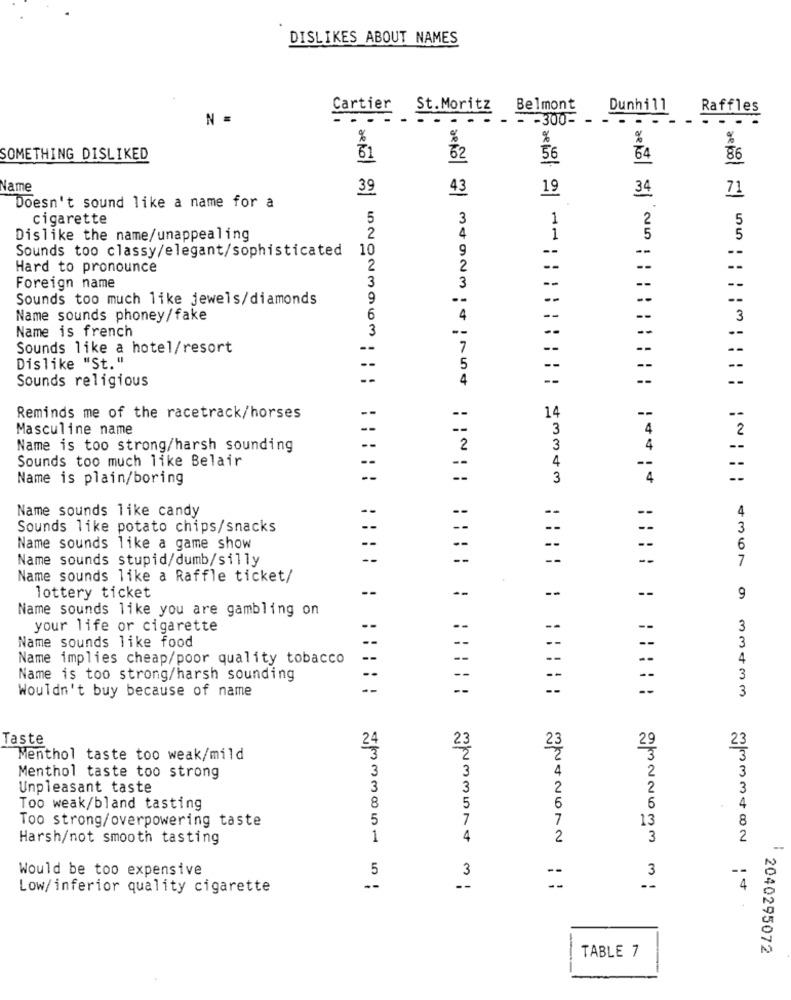
DISLIKES ABOUT NAMES
Cartier St. Moritz
Belmont
Dunhill
Raffles
N =
. . . .
- - - 300- -
...
%
%
%
SOMETHING DISLIKED
61
62
56
86
Name
39
43
19
34
71
Doesn't sound like a name for a
cigarette
5
3
1
2
5
4
Dislike the name/unappealing
2
1
5
5
Sounds too classy/elegant/sophisticated 10
9
--
--
--
Hard to pronounce
2
2
Foreign name
3
3
--
Sounds too much like jewels/diamonds
9
Name sounds phoney/fake
6
4
--
3
Name is french
3
--
Sounds like a hotel/resort
7
--
--
Dislike "St."
5
Sounds religious
4
--
--
--
1
Reminds me of the racetrack/horses
--
--
Masculine name
--
3
4
2
Name is too strong/harsh sounding
2
3
4
Sounds too much like Belair
4
--
--
--
Name is plain/boring
--
3
4
Name sounds like candy
--
--
4
--
--
Sounds like potato chips/snacks
--
--
3
Name sounds like a game show
- -
--
--
6
Name sounds stupid/dumb/silly
--
--
--
7
Name sounds like a Raffle ticket/
--
--
--
--
lottery ticket
9
Name sounds like you are gambling on
your life or cigarette
--
--
3
Name sounds like food
--
3
Name implies cheap/poor quality tobacco
--
4
Name is too strong/harsh sounding
--
3
Wouldn't buy because of name
--
--
--
3
Taste
24
23
25
29
23
Menthol taste too weak/mild
3
3
3
4
2
Menthol taste too strong
3
Unpleasant taste
3
3
2
2
3
Too weak/bland tasting
8
6
6
4
Too strong/overpowering taste
5
7
7
13
8
Harsh/not smooth tasting
1
4
2
3
2
Would be too expensive
5
3
3
Low/inferior quality cigarette
4
TABLE 7
2040295072